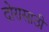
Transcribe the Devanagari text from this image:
दोरासाठी